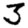
Digit: 3